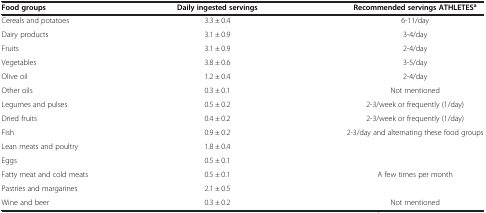
<table><thead><tr><td><b>Food groups</b></td><td><b>Daily ingested servings</b></td><td><b>Recommended servings ATHLETES<sup>a</sup></b></td></tr></thead><tbody><tr><td>Cereals and potatoes</td><td>3.3 ± 0.4</td><td>6-11/day</td></tr><tr><td>Dairy products</td><td>3.1 ± 0.9</td><td>3-4/day</td></tr><tr><td>Fruits</td><td>3.1 ± 0.9</td><td>2-4/day</td></tr><tr><td>Vegetables</td><td>3.8 ± 0.6</td><td>3-5/day</td></tr><tr><td>Olive oil</td><td>1.2 ± 0.4</td><td>2-4/day</td></tr><tr><td>Other oils</td><td>0.3 ± 0.1</td><td>Not mentioned</td></tr><tr><td>Legumes and pulses</td><td>0.5 ± 0.2</td><td>2-3/week or frequently (1/day)</td></tr><tr><td>Dried fruits</td><td>0.4 ± 0.2</td><td>2-3/week or frequently (1/day)</td></tr><tr><td>Fish</td><td>0.9 ± 0.2</td><td rowspan="3">2-3/day and alternating these food groups</td></tr><tr><td>Lean meats and poultry</td><td>1.8 ± 0.4</td></tr><tr><td>Eggs</td><td>0.5 ± 0.1</td></tr><tr><td>Fatty meat and cold meats</td><td>0.5 ± 0.1</td><td rowspan="2">A few times per month</td></tr><tr><td>Pastries and margarines</td><td>2.1 ± 0.5</td></tr><tr><td>Wine and beer</td><td>0.3 ± 0.2</td><td>Not mentioned</td></tr></tbody></table>